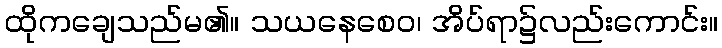
ထိုကချေသည်မ၏။ သယနေစေဝ၊ အိပ်ရာ၌လည်းကောင်း။